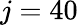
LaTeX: j=40